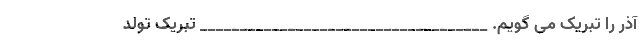
آذر را تبریک می گویم. ____________________________________ تبریک تولد